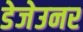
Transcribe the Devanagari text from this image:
डेजेउनर